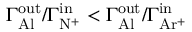
\Gamma _ { \mathrm { A l } } ^ { \mathrm { o u t } } / \Gamma _ { \mathrm { N ^ { + } } } ^ { \mathrm { i n } } < \Gamma _ { \mathrm { A l } } ^ { \mathrm { o u t } } / \Gamma _ { \mathrm { A r ^ { + } } } ^ { \mathrm { i n } }